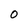
Character: O